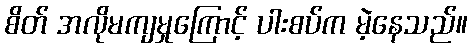
စိတ် အလိုမကျမှုကြောင့် ပါးစပ်က မဲ့နေသည်။